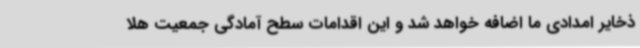
ذخایر امدادی ما اضافه خواهد شد و این اقدامات سطح آمادگی جمعیت هلا